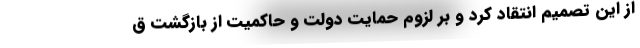
از این تصمیم انتقاد کرد و بر لزوم حمایت دولت و حاکمیت از بازگشت ق